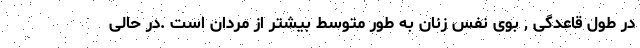
در طول قاعدگی , بوی نفس زنان به طور متوسط بیشتر از مردان است .در حالی